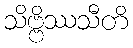
သိဗ္ဗိဿသီတိ